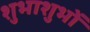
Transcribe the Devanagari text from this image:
शुभाशुभों